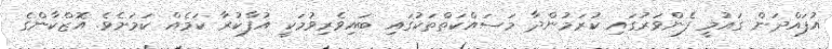
އުފައްދަން ގައުމީ ފެންވަރުގައި ކުރަމުންދާ މަސައްކަތްތަކުގައި ބައިވެރިވުމަކީ އުފާކުރާ ކަމެއް ކަމަށެވެ. އޮޒްކާންގެ